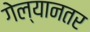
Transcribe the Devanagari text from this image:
गेल्यानतर